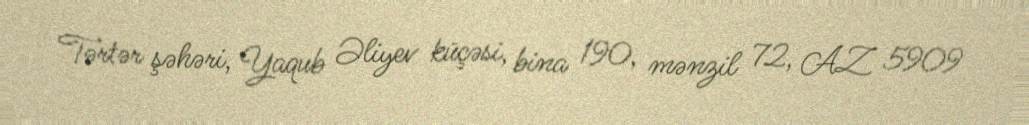
Tərtər şəhəri, Yaqub Əliyev küçəsi, bina 190, mənzil 72, AZ 5909